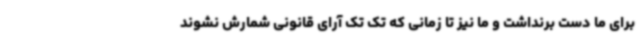
برای ما دست برنداشت و ما نیز تا زمانی که تک تک آرای قانونی شمارش نشوند